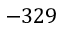
- 3 2 9